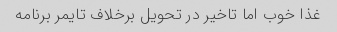
غذا خوب اما تاخیر در تحویل برخلاف تایمر برنامه